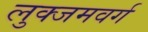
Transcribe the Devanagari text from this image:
लुक्जमवर्ग